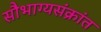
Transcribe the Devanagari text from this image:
सौभाग्यसंक्रांत